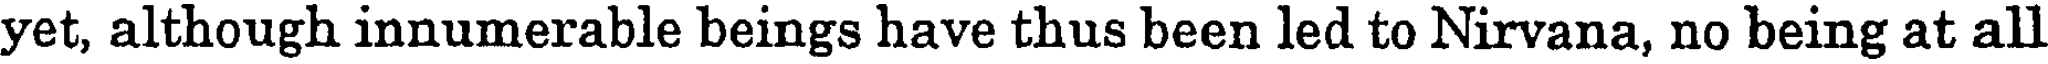
yet, although innumerable beings have thus been led to Nirvana, no being at all